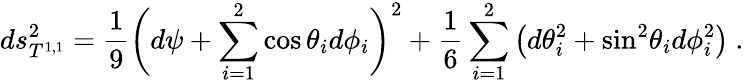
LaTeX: ds_{T^{1,1}}^{2}={\frac{1}{9}}\bigg(d\psi+\sum_{i=1}^{2}\cos\theta_{i}d\phi_{i}\bigg)^{2}+{\frac{1}{6}}\sum_{i=1}^{2}\left(d\theta_{i}^{2}+\mathrm{sin}^{2}\theta_{i}d\phi_{i}^{2}\right)\ .